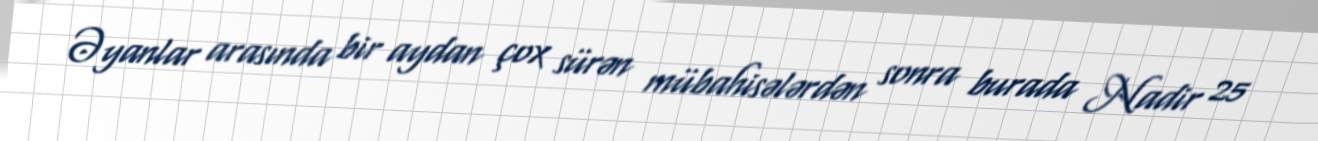
Əyanlar arasında bir aydan çox sürən mübahisələrdən sonra burada Nadir 25